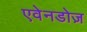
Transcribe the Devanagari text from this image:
एवेनडोज़